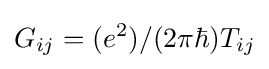
G_{ij}=(e^{2})/(2\pi \hbar )T_{ij}